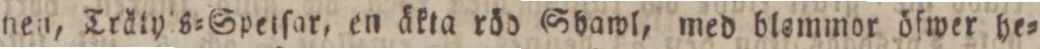
nen, Tråtyls=Speiſar, en äkta röd Shawl, med blemmor öfwer he=